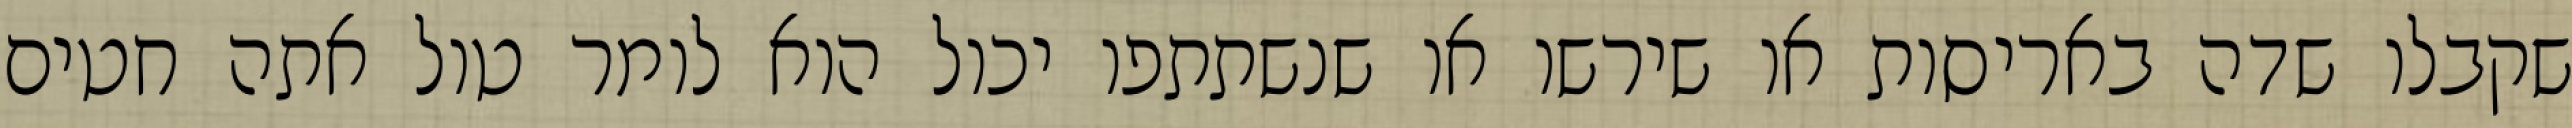
שקבלו שדה באריסות או שירשו או שנשתתפו יכול הוא לומר טול אתה חטים